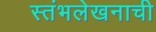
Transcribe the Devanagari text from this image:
स्तंभलेखनाची